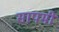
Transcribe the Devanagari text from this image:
सापमी